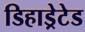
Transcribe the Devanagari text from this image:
डिहाड्रेटेड